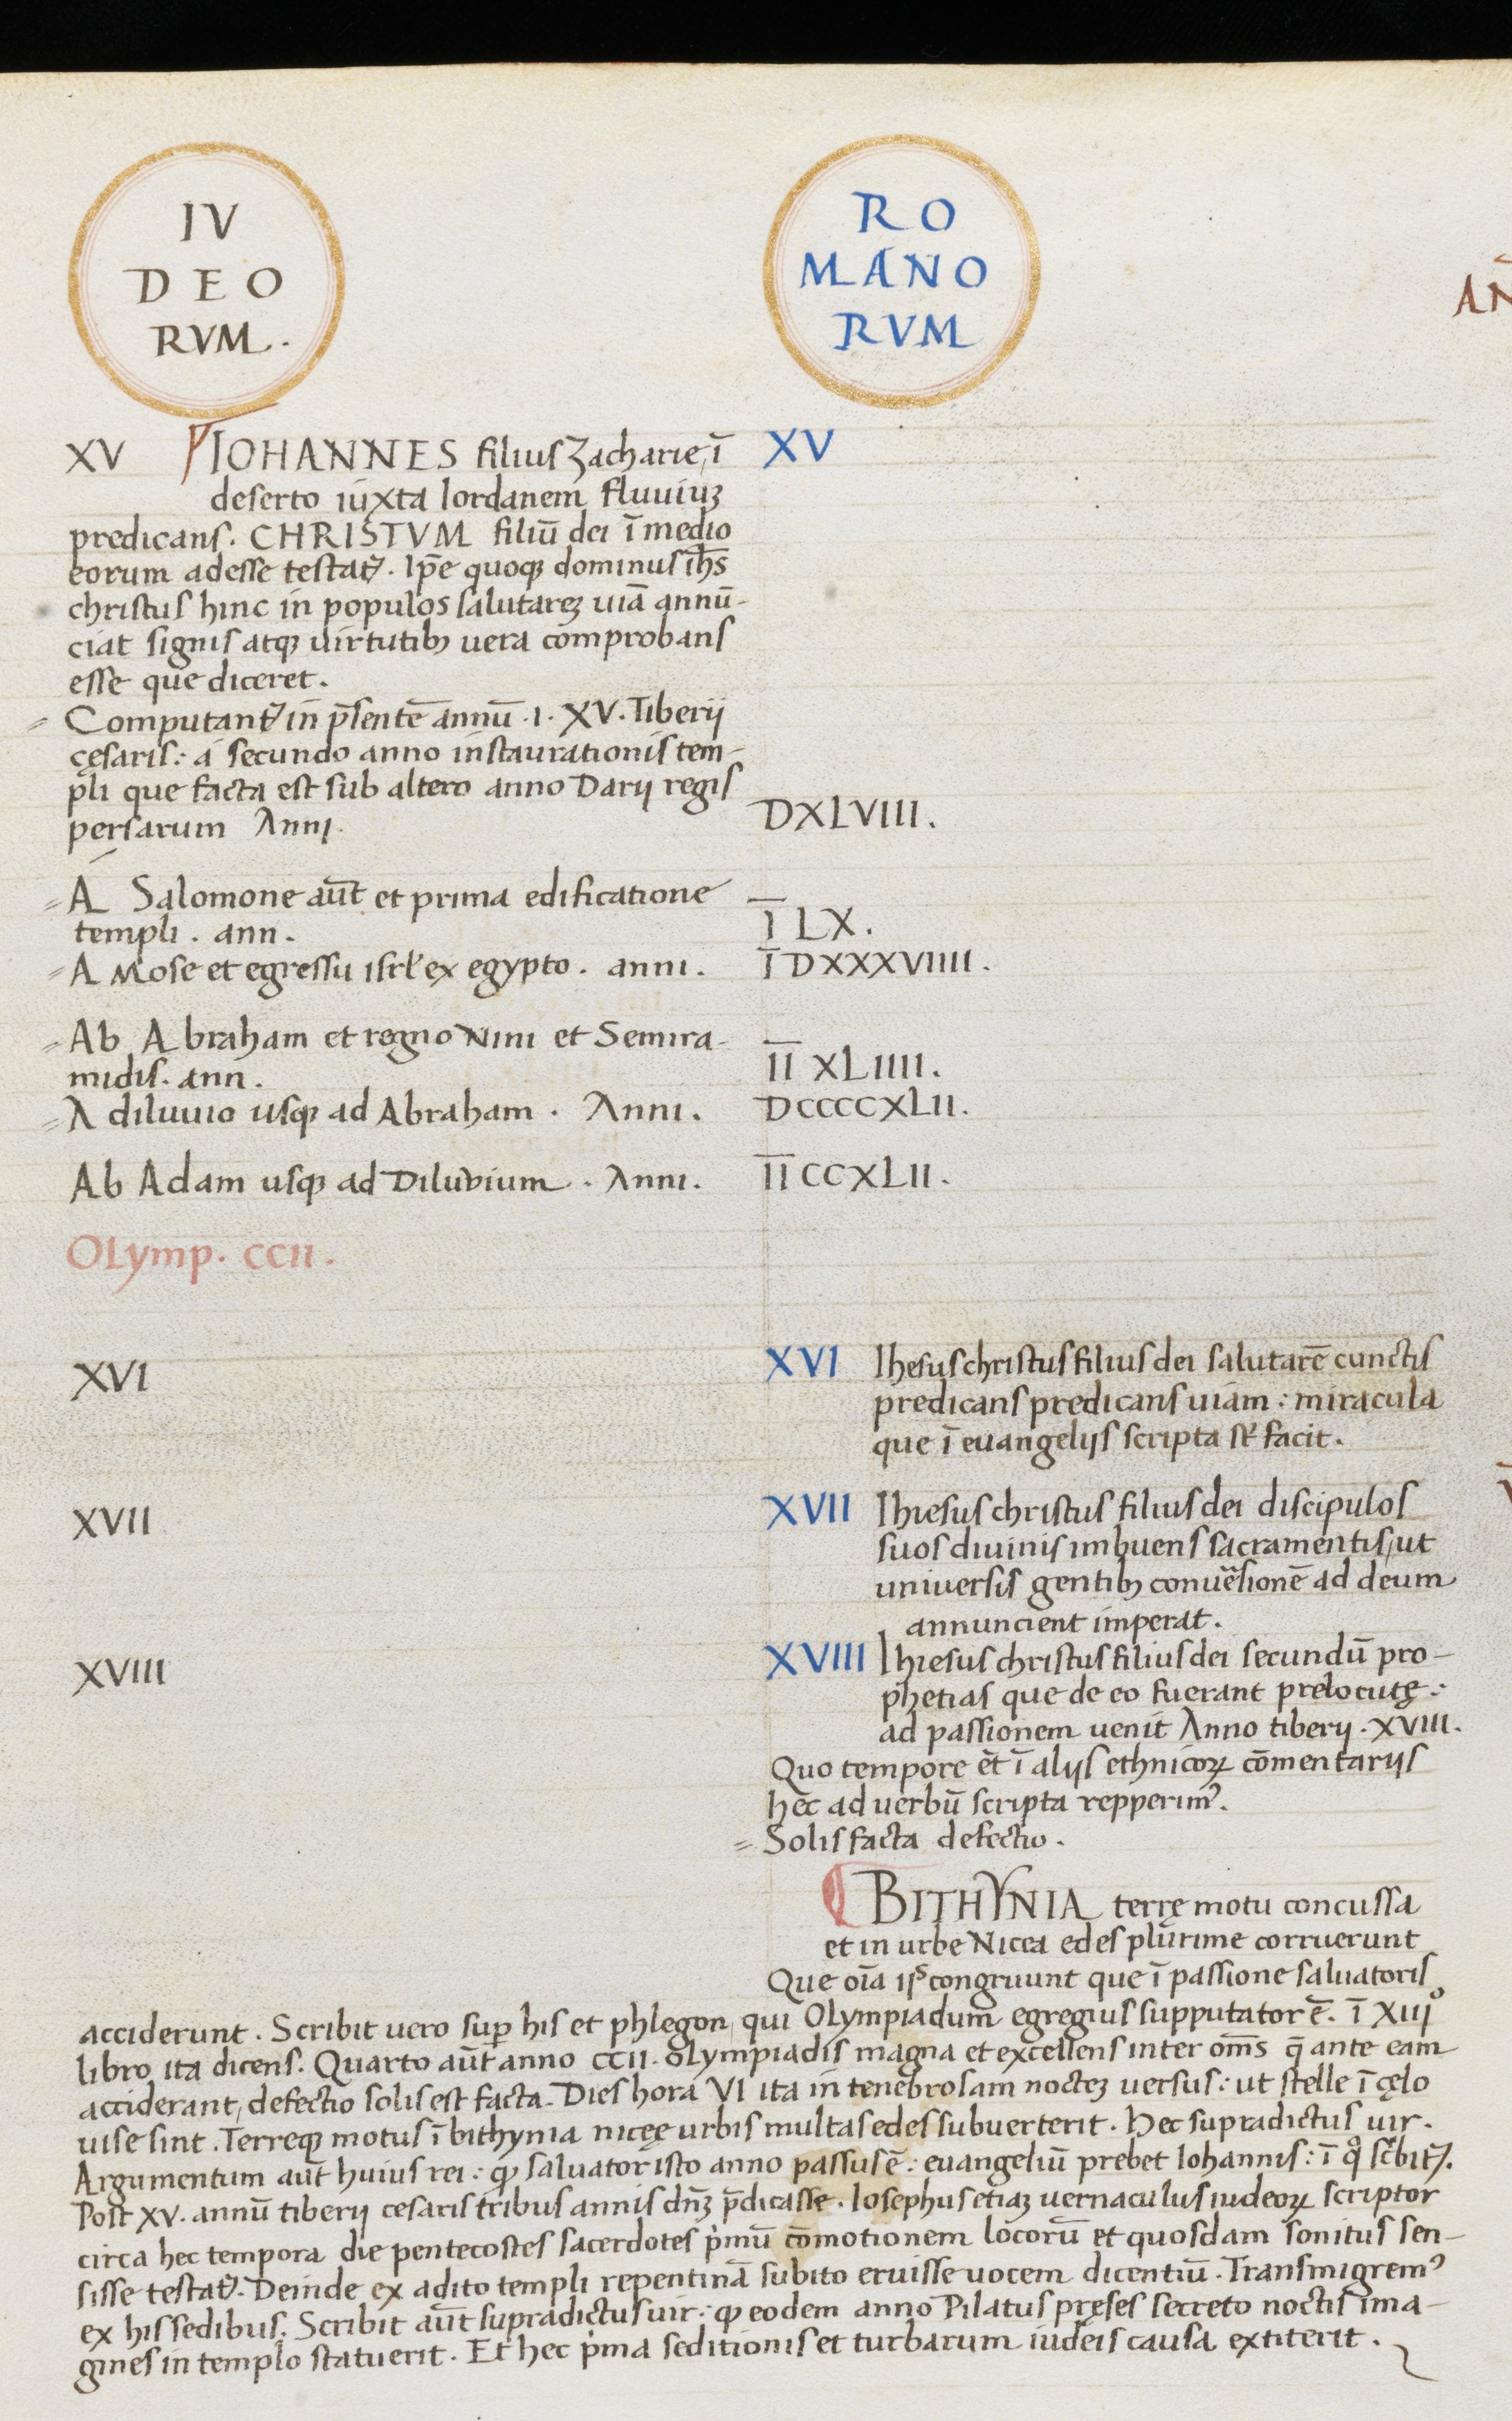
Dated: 1465–1495